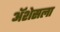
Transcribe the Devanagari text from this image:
ॲशेसला